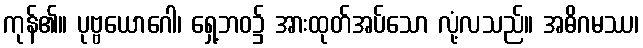
ကုန်၏။ ပုဗ္ဗယောဂေါ၊ ရှေ့ဘဝ၌ အားထုတ်အပ်သော လုံ့လသည်။ အဓိဂမဿ၊